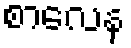
စာလေန